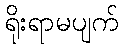
ရိုးရာမပျက်